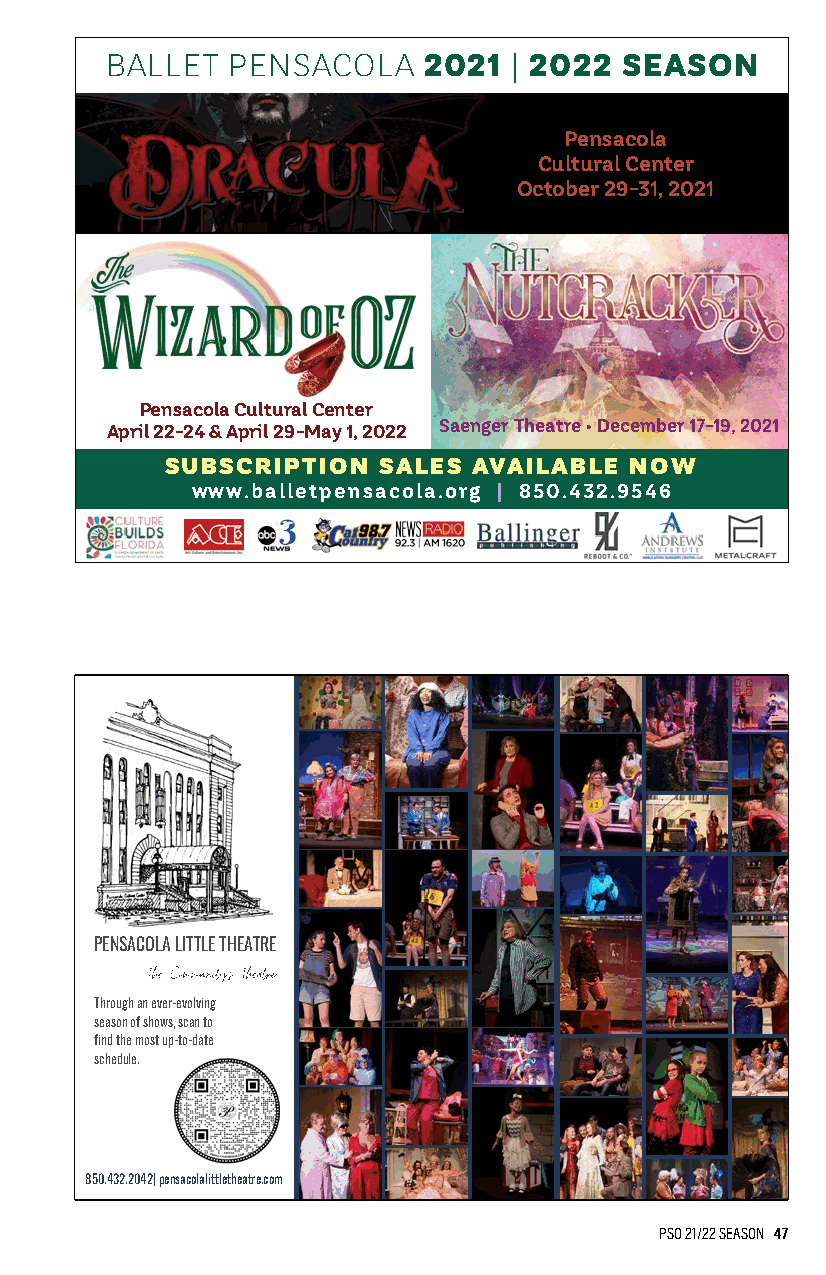
BALLET  PENSACOLA    2021  | 2022 SEASON
 Pensacola
 Cultural Center
 October 29-31, 2021
 Pensacola Cultural Center
 April 22-24 & April 29-May 1, 2022 Saenger Theatre • December 17-19, 2021
 SUBSCRIPTION  SALES AVAILABLE  NOW
 www.balletpensacola.org | 850.432.9546
 PENSACOLA LITTLE THEATRE
 The Community's Theatre
 Through an ever-evolving
 season of shows, scan to
 find the most up-to-date
 schedule.
 850.432.2042| pensacolalittletheatre.com
 PSO 21/22 SEASON 47